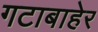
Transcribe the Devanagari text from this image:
गटाबाहेर